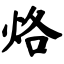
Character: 烙